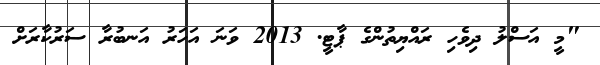
"މީ އަސްލު ދިވެހި ރައްޔިތުންގެ ޕާޓީ. 2013 ވަނަ އަހަރު އަނބުރާ ސަރުކާރަށް